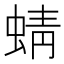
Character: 蜻